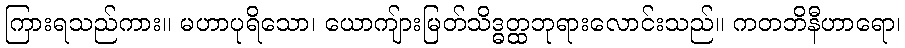
ကြားရသည်ကား။ မဟာပုရိသော၊ ယောကျ်ားမြတ်သိဒ္ဓတ္ထဘုရားလောင်းသည်။ ကတဘိနီဟာရော၊